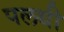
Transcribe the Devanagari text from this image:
पलथी